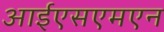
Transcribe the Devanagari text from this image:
आईएसएमएन